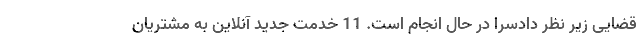
قضایی زیر نظر دادسرا در حال انجام است. 11 خدمت جدید آنلاین به مشتریان